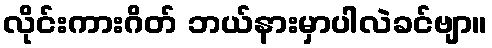
လိုင်းကားဂိတ် ဘယ်နားမှာပါလဲခင်ဗျာ။